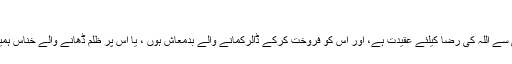
(ابو داؤد شریف)
ہمیں پاکباز بیٹی ڈاکٹر عافیہ صدیقی سے اللہ کی رضا کیلئے عقیدت ہے، اور اس کو فروخت کرکے ڈالرکمانے والے بدمعاش ہوں ، یا اس پر ظلم ڈھانے والے خناس ہمیں ان سب سے اللہ کیلئے نفرت ہے۔